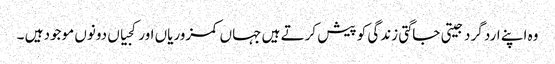
وہ اپنے ارد گرد جیتی جاگتی زندگی کو پیش کرتے ہیں جہاں کمزوریاں اور کجیاں دونوں موجود ہیں ۔